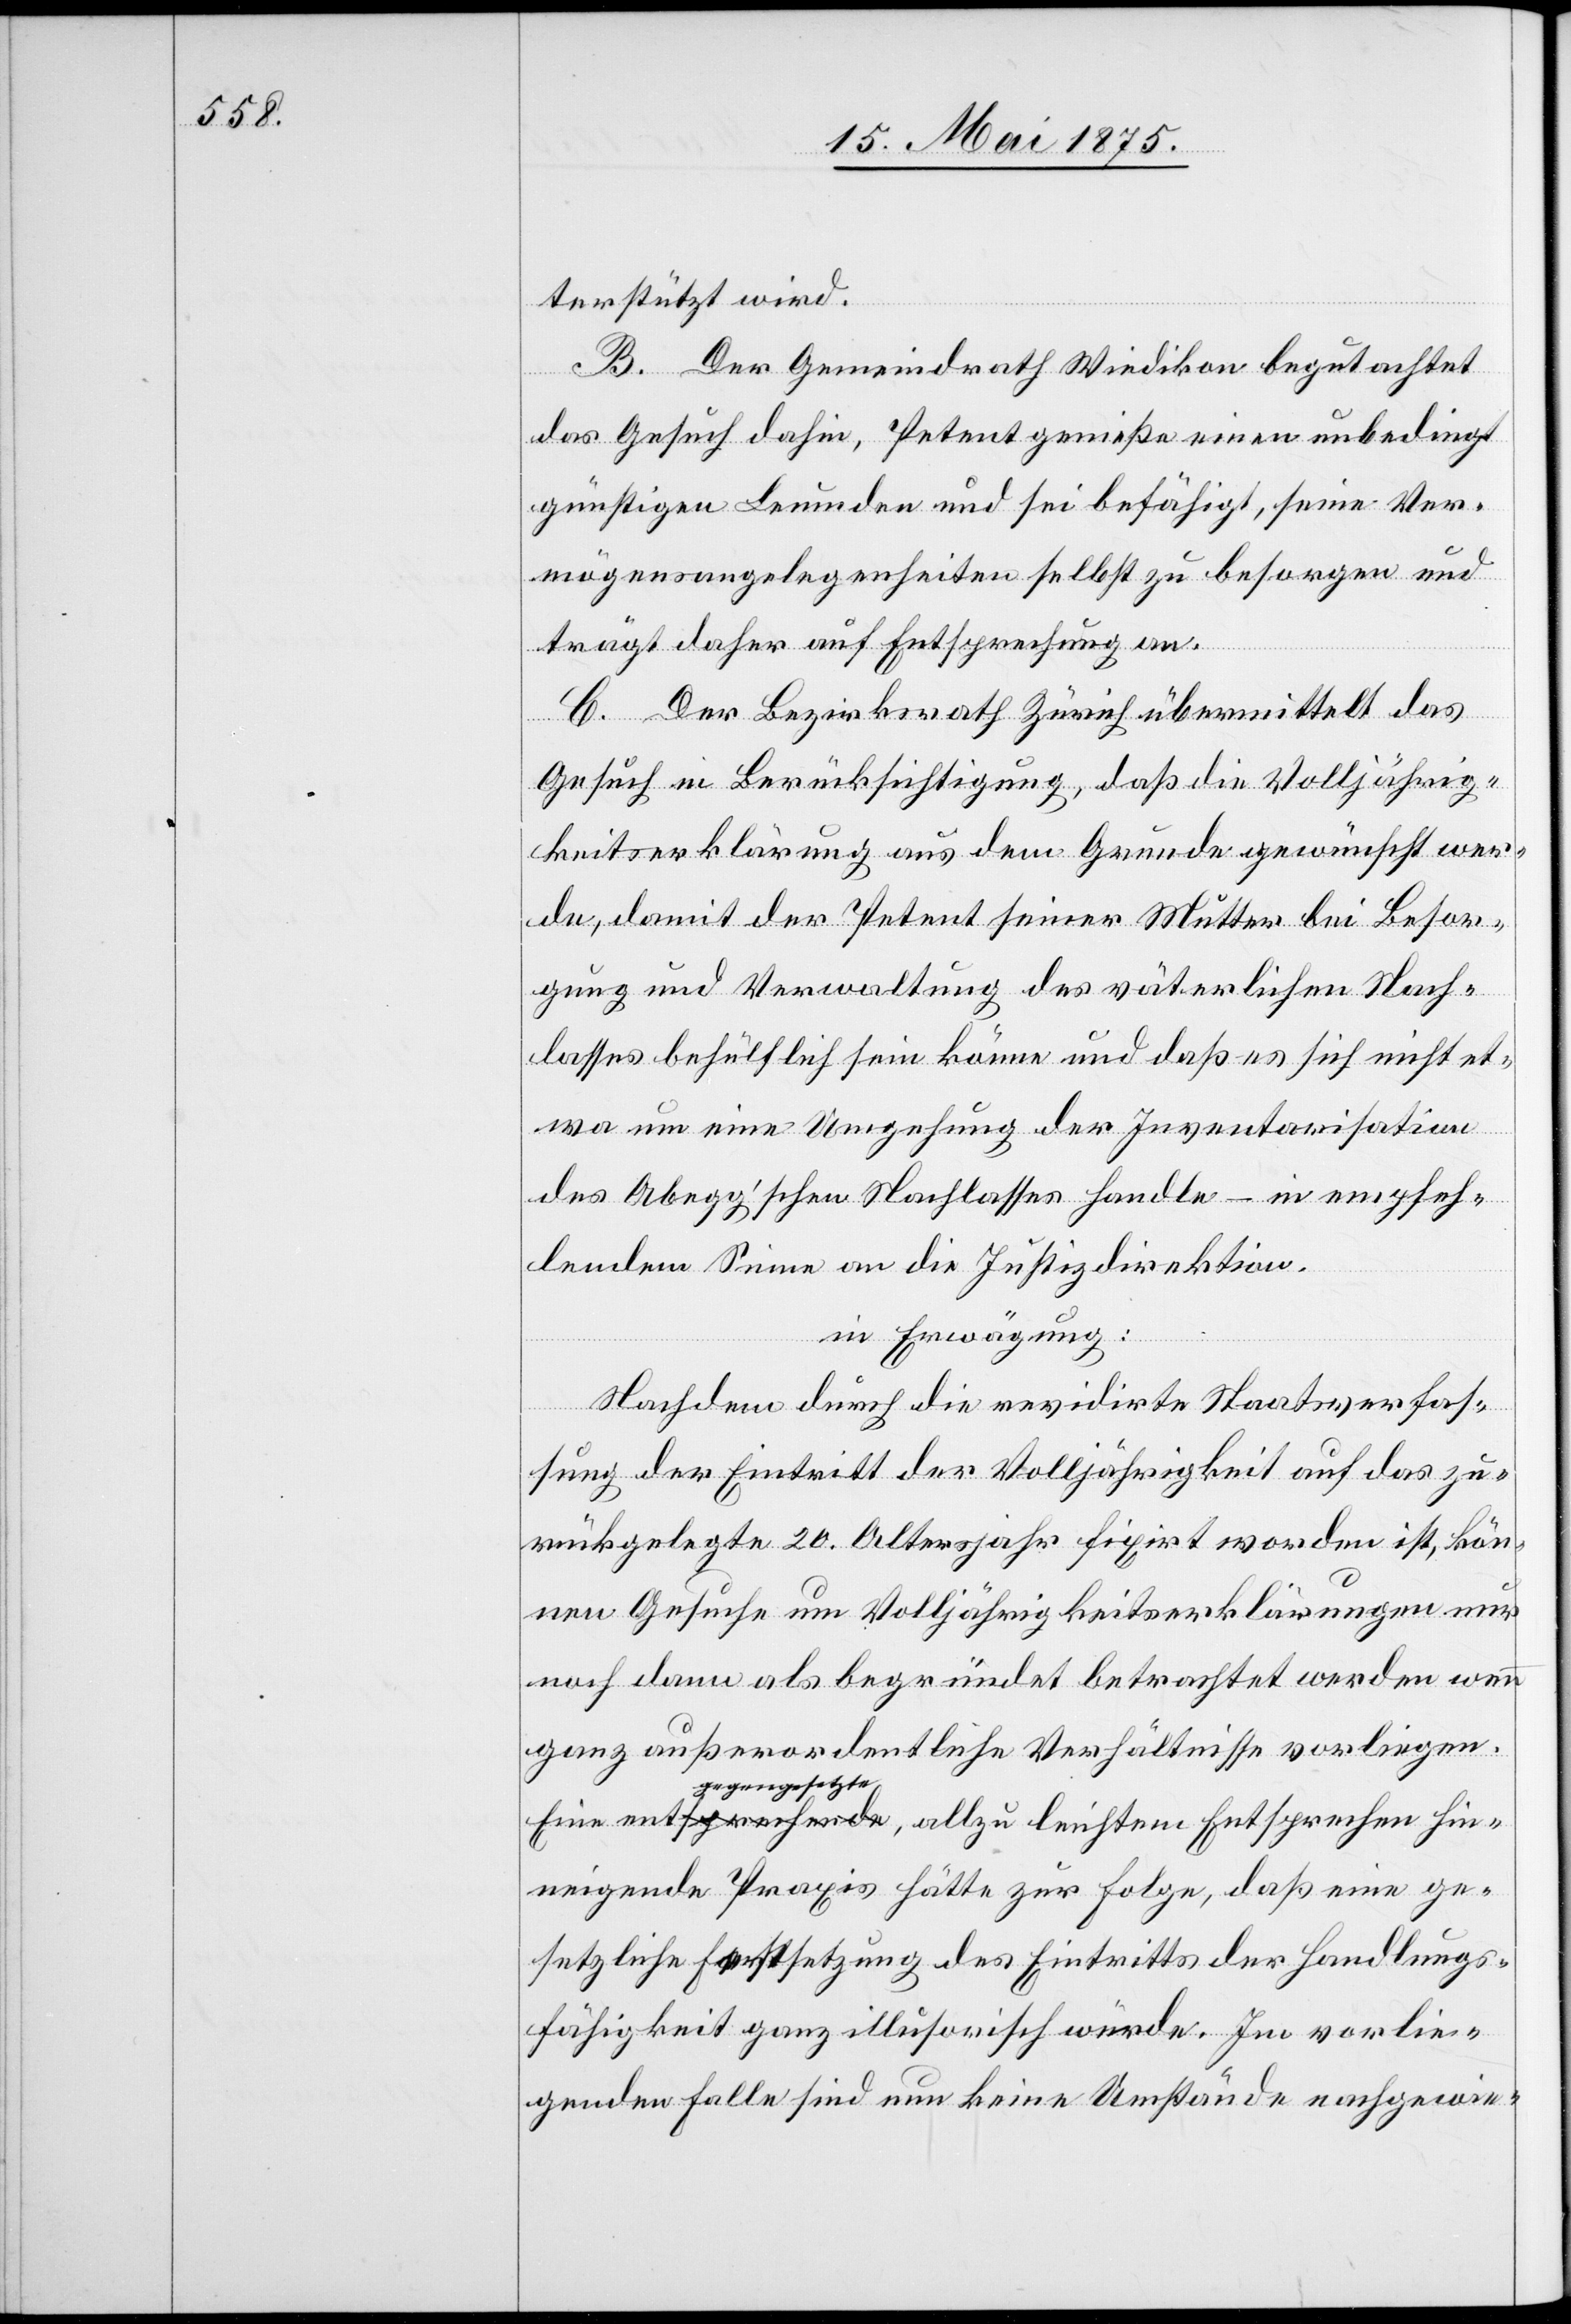
terstützt wird.
B. Der Gemeindrath Wiedikon begutachtet
das Gesuch dahin, Petent genieß einen unbedingt
günstigen Leumden und sei befähigt, seine Ver¬
mögensangelegenheit selbst zu besorgen und
trägt daher auf Entsprechung an.
C. Der Bezirksrath Zürich übermittelt das
Gesuch in Berücksichtigung, daß die Volljährig¬
keitserklärung aus dem Grunde gewünscht wer¬
de, damit der Petent seiner Mutter bei Besor¬
gung und Verwaltung des väterlichen Nach¬
lasses behülflich sein könne und daß es sich nicht et¬
wa um eine Umgehung der Inventarisation
des Abegg’schen Nachlasses handle – in empfeh¬
lendem Sinne an die Justizdirektion.
in Erwägung:
Nachdem durch die revidirte Staatsverfas¬
sung der Eintritt der Volljährigkeit auf das zu¬
rückgelegte Altersjahr fixirt worden ist, kön¬
nen Gesuche um Volljährigkeitserklärungen nur
noch dann als begründet betrachtet werden, wenn
ganz außerordentliche Verhältnisse vorliegen.
gegengesetzte,
hinneigende Praxis hätte zur Folge, daß eine ge¬
setzliche Festsetzung des Eintritts der Handlungs¬
fähigkeit ganz illusorisch wäre. Im vorlie¬
genden Falle sind nun keine Umstände nachgewie-